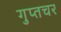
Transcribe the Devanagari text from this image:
गुप्‍तचर